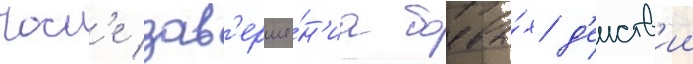
Посл'е зав'ерше́н'иа боевы́х д'еиств'ии